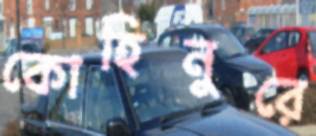
কোহিনুরে